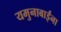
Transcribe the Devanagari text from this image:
यमुनाबाईंना